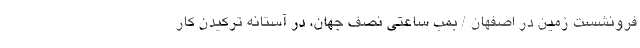
فرونشست زمین در اصفهان / بمب ساعتی نصف جهان، در آستانه ترکیدن کار